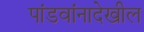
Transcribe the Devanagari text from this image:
पांडवांनादेखील